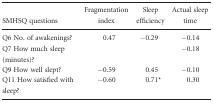
<table><thead><tr><td><b>SMHSQ questions</b></td><td><b>Fragmentation index</b></td><td><b>Sleep efficiency</b></td><td><b>Actual sleep time</b></td></tr></thead><tbody><tr><td>Q6 No. of awakenings?</td><td>0.47</td><td>−0.29</td><td>−0.14</td></tr><tr><td>Q7 How much sleep (minutes)?</td><td></td><td></td><td>−0.18</td></tr><tr><td>Q9 How well slept?</td><td>−0.59</td><td>0.45</td><td>−0.10</td></tr><tr><td>Q11 How satisfied with sleep?</td><td>−0.60</td><td>0.71*</td><td>0.30</td></tr></tbody></table>